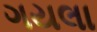
ગયલા